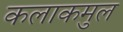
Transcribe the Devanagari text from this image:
कलाकमुल